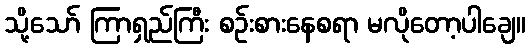
သို့သော် ကြာရှည်ကြီး စဉ်းစားနေစရာ မလိုတော့ပါချေ။